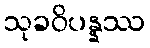
သုခဝိပန္နဿ